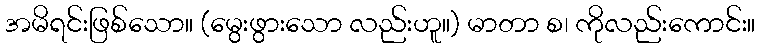
အမိရင်းဖြစ်သော။ (မွေးဖွားသော လည်းဟူ။) မာတာ စ၊ ကိုလည်းကောင်း။